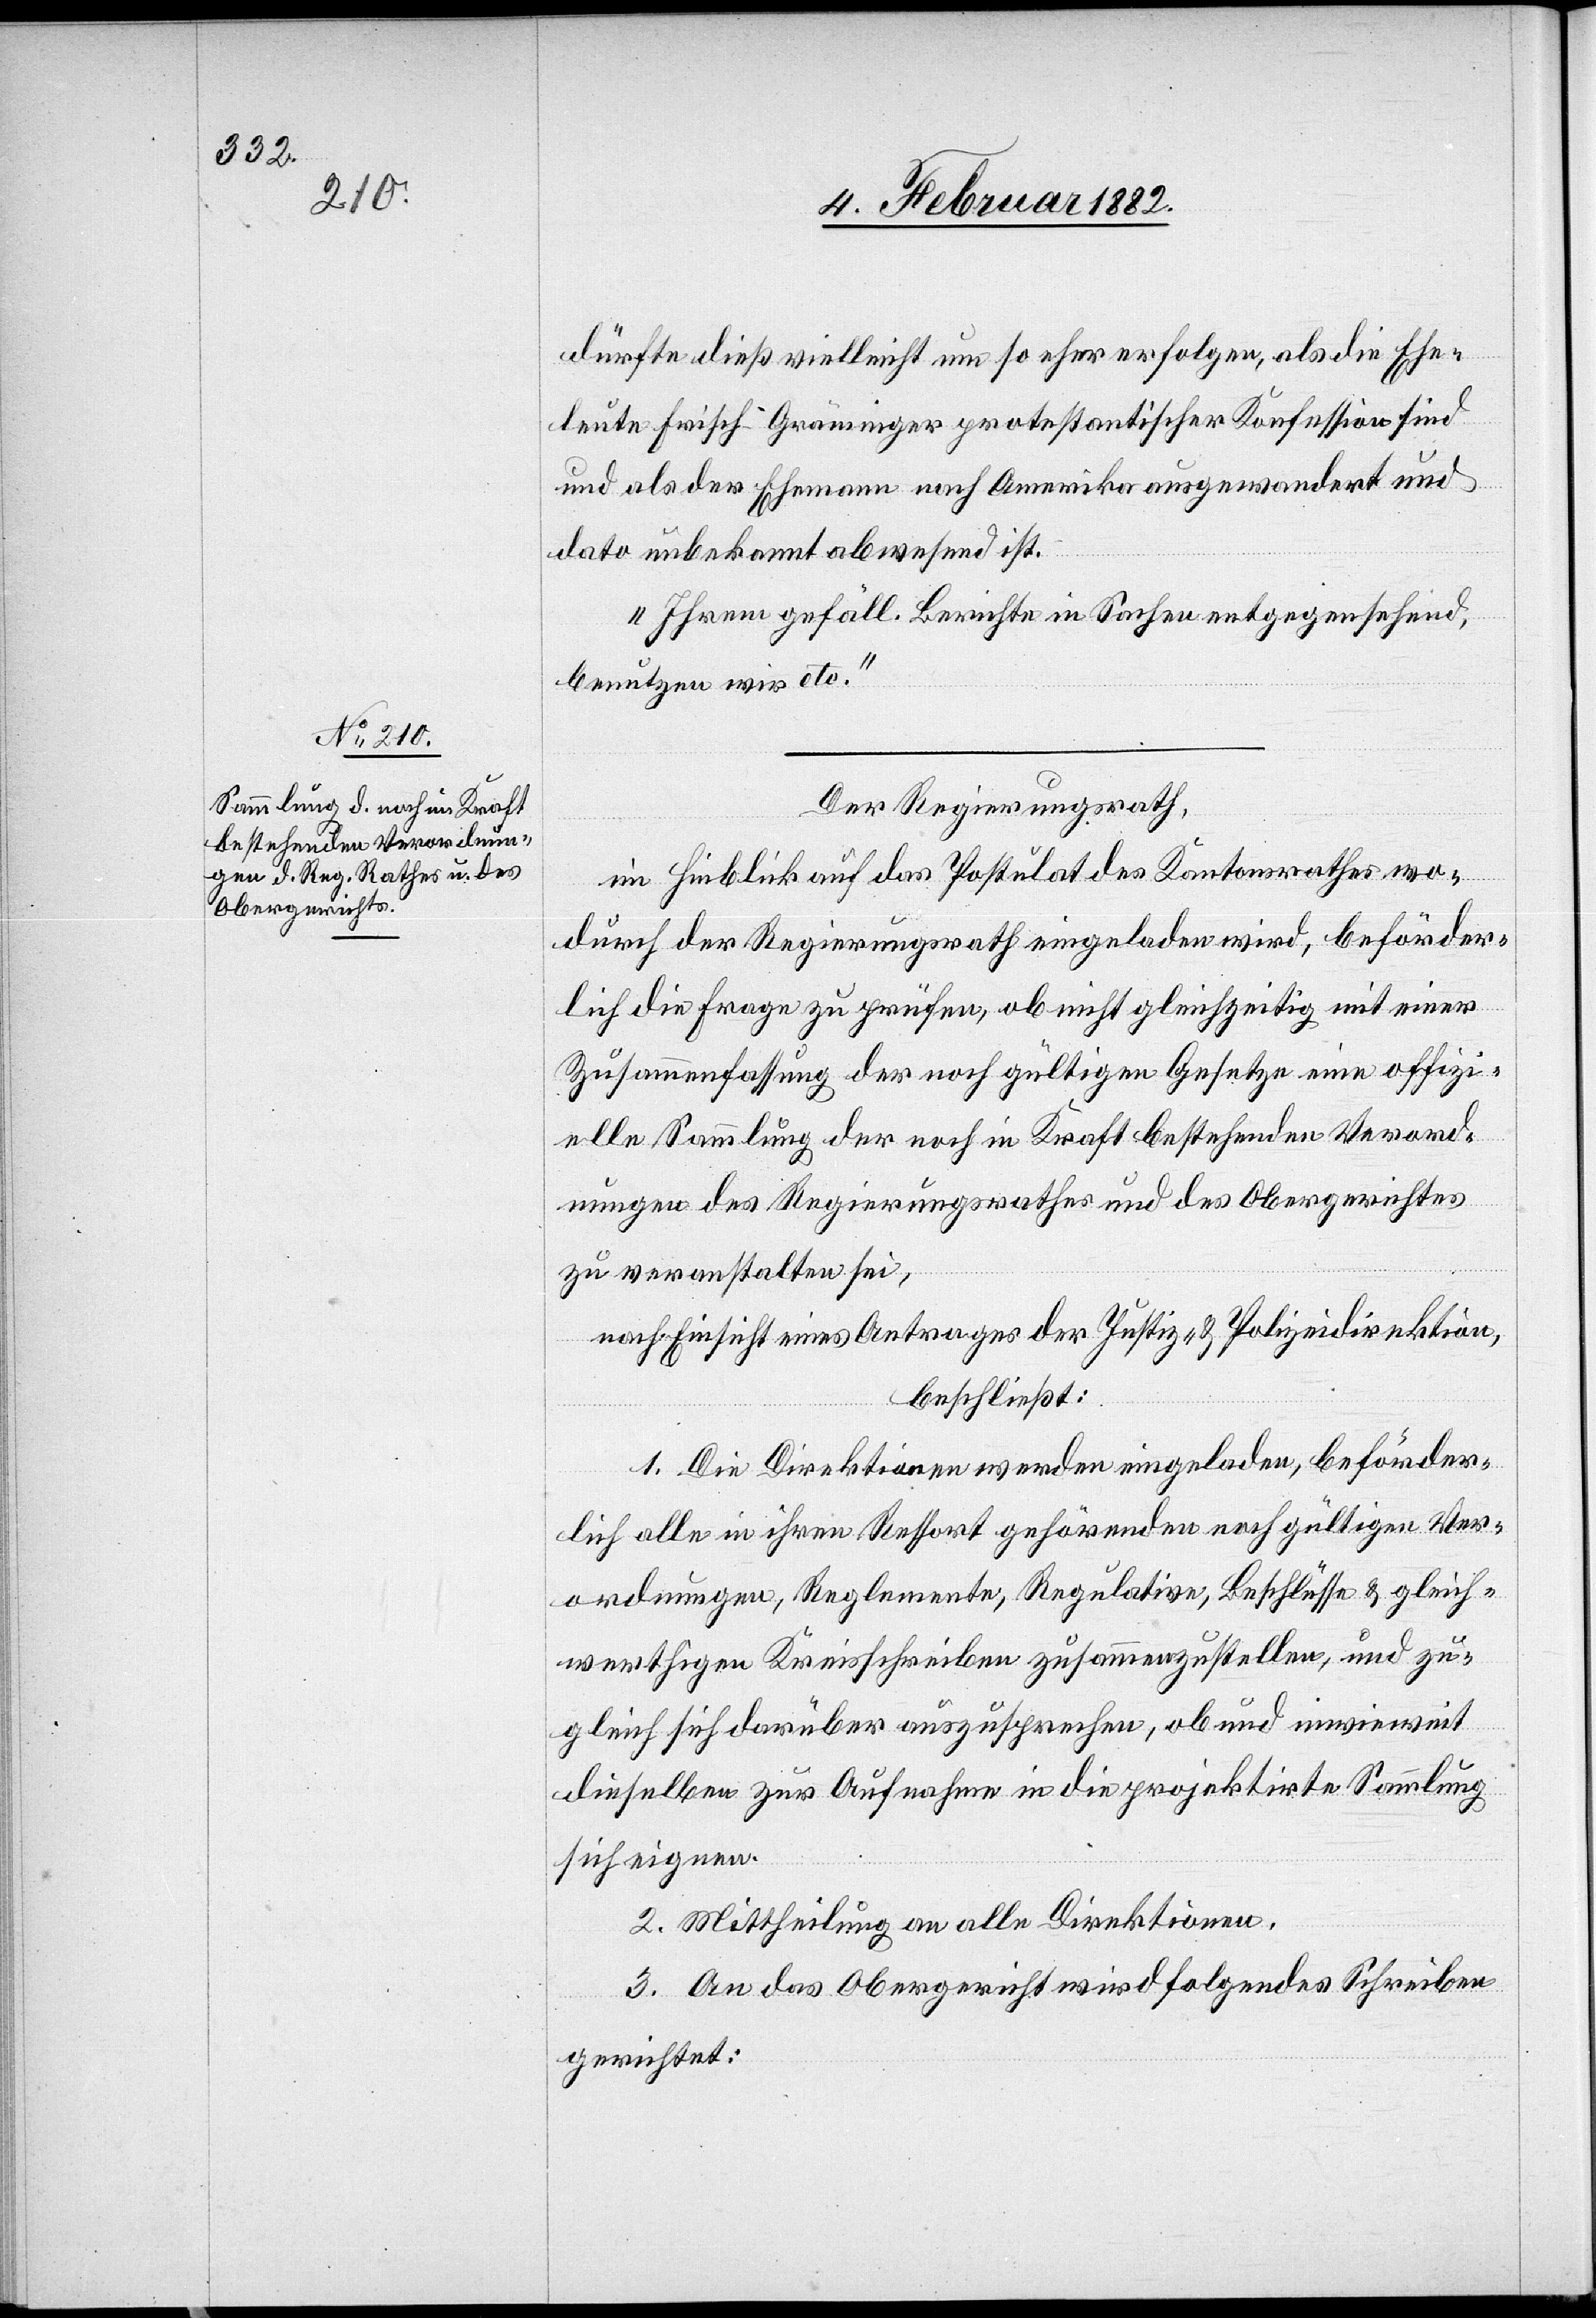
dürfte dieß vielleicht um so eher erfolgen, als die Ehe¬
leute Frisch - Gräminger protestantischer Konfession sind
und als der Ehemann nach Amerika ausgewandert und
dato unbekannt abwesend ist.
Ihrem gefäll. Berichte in Sachen entgegensehend,
benutzen wir etc.“
Der Regierungsrath,
in Hinblick auf das Postulat des Kantonsrathes wo¬
durch der Regierungsrath eingeladen wird, beförder¬
lich die Frage zu prüfen, ob nicht gleichzeitig mit einer
Zusammenfassung der noch gültigen Gesetze eine offizi¬
elle Sammlung der noch in Kraft bestehenden Verord¬
nungen des Regierungsrathes und des Obergerichtes
zu veranstalten sei,
nach Einsicht eines Antrages der Justiz- & Polizeidirektion,
beschließt:
1. Die Direktionen werden eingeladen, beförder¬
lich alle in ihren Ressort gehörenden nach gültigen Ver¬
ordnungen, Reglemente, Regulative, Beschlüsse & gleich¬
wertige Kreisschreiben zusammenzustellen, und zu¬
gleich sich darüber auszusprechen, ob und inwieweit
dieselben zur Aufnahme in die projektirte Sammlung
sich eignen.
2. Mittheilung an alle Direktionen.
3. An das Obergericht wird folgendes Schreiben
gerichtet: